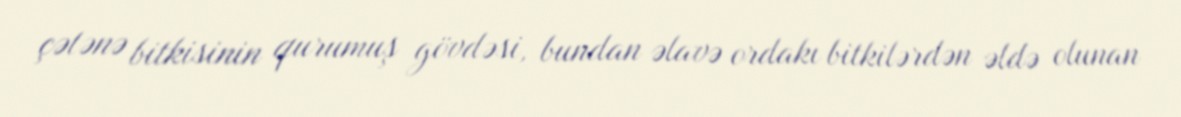
çətənə bitkisinin qurumuş gövdəsi, bundan əlavə ordakı bitkilərdən əldə olunan